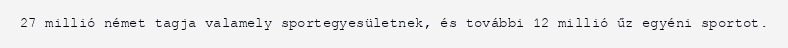
27 millió német tagja valamely sportegyesületnek, és további 12 millió űz egyéni sportot.